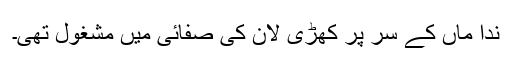
ندا ماں کے سر پر کھڑی لان کی صفائی میں مشغول تھی۔